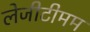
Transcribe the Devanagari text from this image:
लेजीटीमम